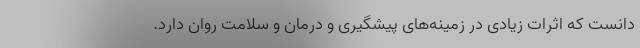
دانست که اثرات زیادی در زمینه‌های پیشگیری و درمان و سلامت روان دارد.